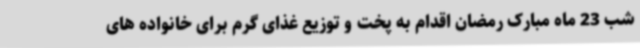
شب 23 ماه مبارک رمضان اقدام به پخت و توزیع غذای گرم برای خانواده های